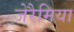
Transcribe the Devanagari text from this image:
जेरैमिया